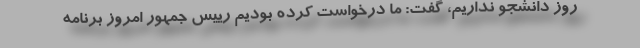
روز دانشجو نداریم، گفت: ما درخواست کرده بودیم رییس جمهور امروز برنامه